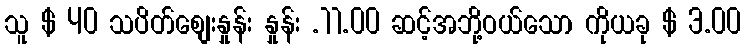
သူ $ 40 သပိတ်စျေးနှုန်း နှုန်း .11.00 ဆင့်အဘို့ဝယ်သော ကိုယခု $ 3.00